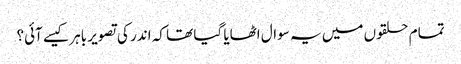
تمام حلقوں میں یہ سوال اٹھایا گیا تھا کہ اندر کی تصویر باہر کیسے آئی؟